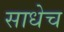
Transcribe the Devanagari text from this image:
साधेच